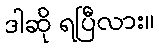
ဒါဆို ရပြီလား။